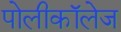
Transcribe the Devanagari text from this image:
पोलीकॉलेज